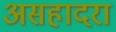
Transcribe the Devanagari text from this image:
असहादरा